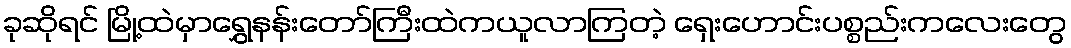
ခုဆိုရင် မြို့ထဲမှာရွှေနန်းတော်ကြီးထဲကယူလာကြတဲ့ ရှေးဟောင်းပစ္စည်းကလေးတွေ